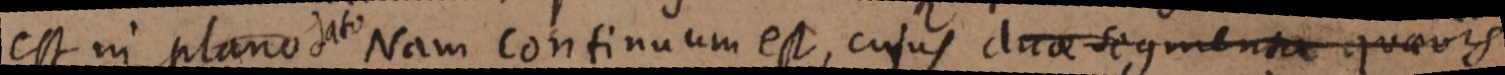
est in plano dato Nam continuum est, cujus duae segmenta quaevis